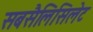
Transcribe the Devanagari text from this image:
सबसैलिसिलेट